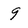
Character: 9